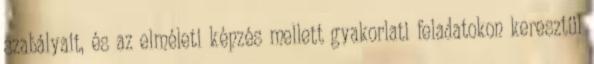
szabályait, és az elméleti képzés mellett gyakorlati feladatokon keresztül